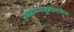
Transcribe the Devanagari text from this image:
तामिळनाडूप्रदेशातील